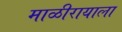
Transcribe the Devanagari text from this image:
माळीरायाला